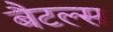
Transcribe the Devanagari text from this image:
बैटल्स